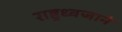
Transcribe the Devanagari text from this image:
राष्ट्रध्वजाने